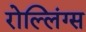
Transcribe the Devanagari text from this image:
रोल्लिंग्स